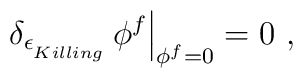
\left. \delta_{\epsilon_{\phantom{}_{{Killing}}}} \, \phi^f\right|_{\phi^f = 0} = 0\ ,